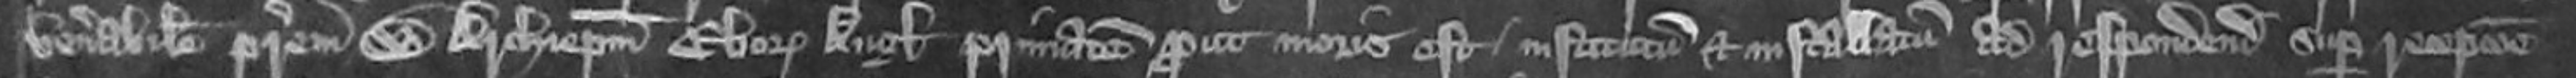
venerabilem patrem W Archiepiscopum Eboracum Anglie primate prout moris est institutum et installatum ad respondendum super recuperatione